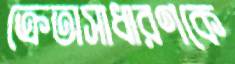
ক্রেতাসাধারণকে